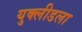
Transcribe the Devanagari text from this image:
युक्लीडला